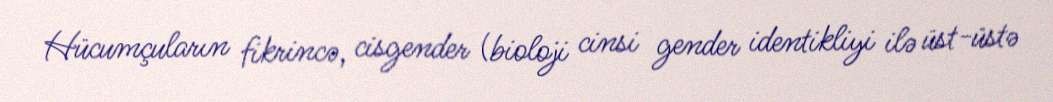
Hücumçuların fikrincə, cisgender (bioloji cinsi gender identikliyi ilə üst-üstə